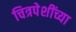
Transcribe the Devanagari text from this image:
चित्रपेशींच्या